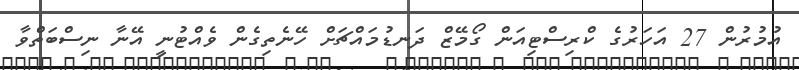
އުމުރުން 27 އަހަރުގެ ކްރިސްޓިއަން ގޯމޭޒް ދަނޑުމައްޗަށް ހޭނެތިގެން ވެއްޓުނީ އޭނާ ނިސްބަތްވާ